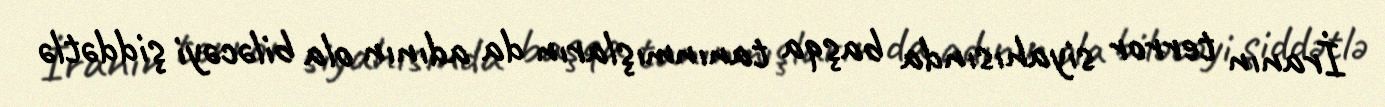
İranın terror siyahısında başqa tanınmışların da adının ola biləcəyi şiddətlə